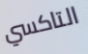
التاكسي